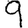
Digit: 9